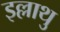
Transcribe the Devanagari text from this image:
इल्लाथु